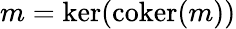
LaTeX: m=\ker(\operatorname{coker}(m))